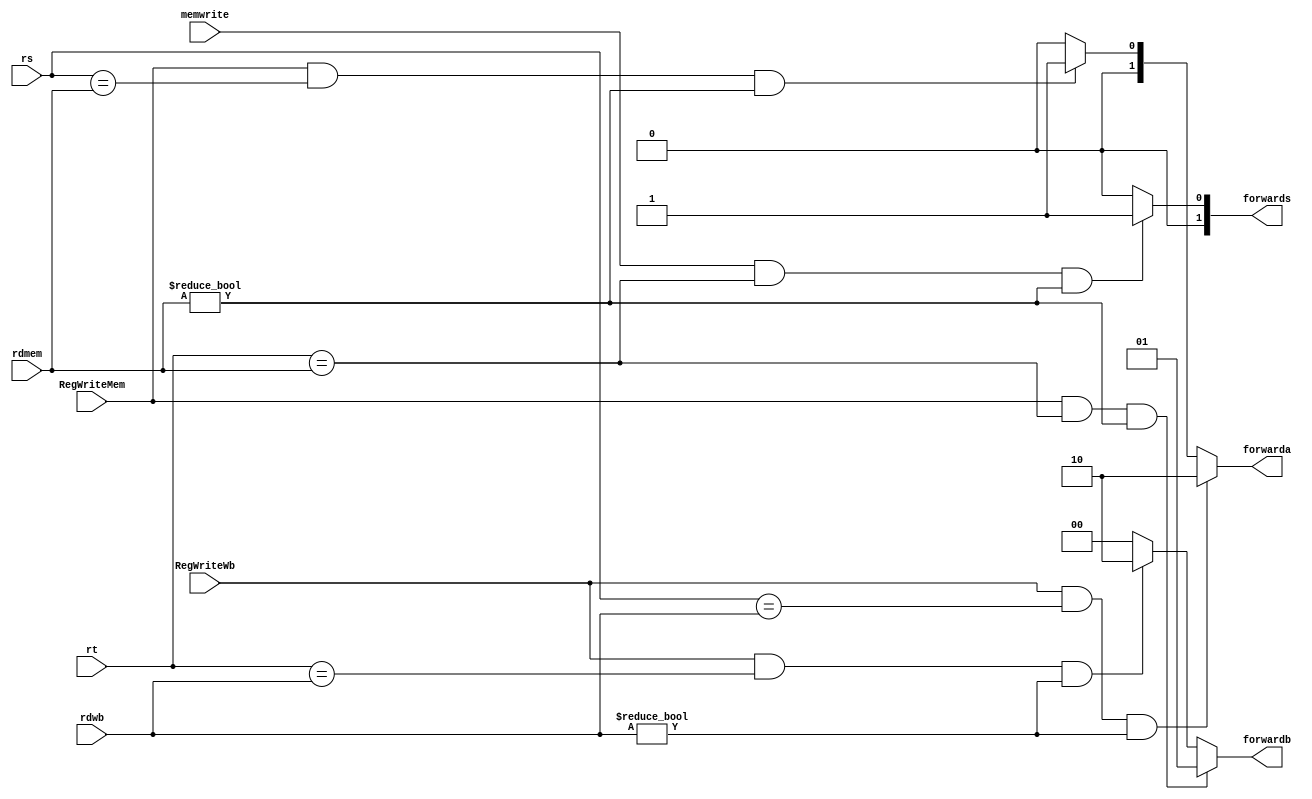
`timescale 1ns / 1ns
//////////////////////////////////////////////////////////////////////////////////
// Company: 
// Engineer: 
// 
// Design Name: 
// Module Name:    forward 
// Project Name: 
// Target Devices: 
// Tool versions: 
// Description: 
//
// Dependencies: 
//
// Revision: 
// Revision 0.01 - File Created
// Additional Comments: 
//
//////////////////////////////////////////////////////////////////////////////////
module forward(rs, rt, rdmem,rdwb,RegWriteMem, RegWriteWb,memwrite,forwarda, forwardb, forwards );
output reg [1:0] forwarda, forwardb,forwards;
input [4:0] rs, rt, rdmem,rdwb;
input RegWriteMem,RegWriteWb,memwrite;

always @(*)begin

if (RegWriteWb &&(rs==rdwb)&&rdwb!=0)
forwarda=2'b10;
else if (RegWriteMem && (rs==rdmem)&&rdmem!=0)
forwarda=2'b01;
else
forwarda=2'b00;

if(RegWriteMem && (rt==rdmem)&&rdmem!=0)
forwardb=2'b01;
else if (RegWriteWb && (rt==rdwb)&&rdwb!=0)
forwardb=2'b10;

else
forwardb=2'b00;

if(memwrite && (rt==rdmem) && rdmem!=0)
forwards=2'b01;
else 
forwards=2'b00;



end

endmodule